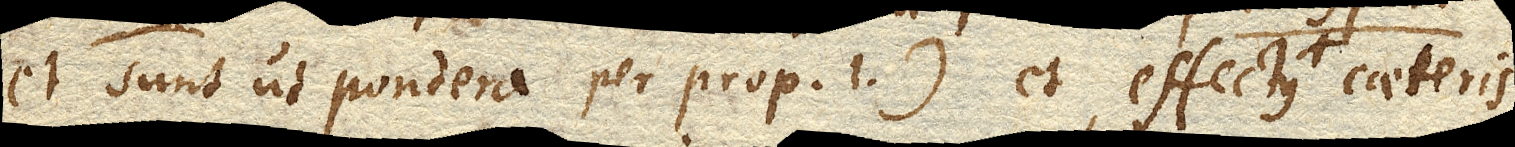
et sunt ut pondera per prop. 1.) et effectus (hoc loco Volumina producta) caeteris